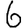
Digit: 6